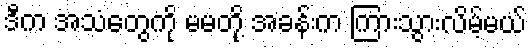
ဒီက အသံတွေကို မမတို့ အခန်းက ကြားသွားလိမ့်မယ်